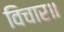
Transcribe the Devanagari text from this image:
विचार॥